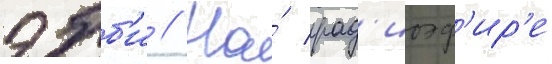
эбб'и // На́ рад'иоэф'ир'е